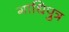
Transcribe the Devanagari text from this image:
गाधिपुत्र